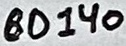
Text: BD140